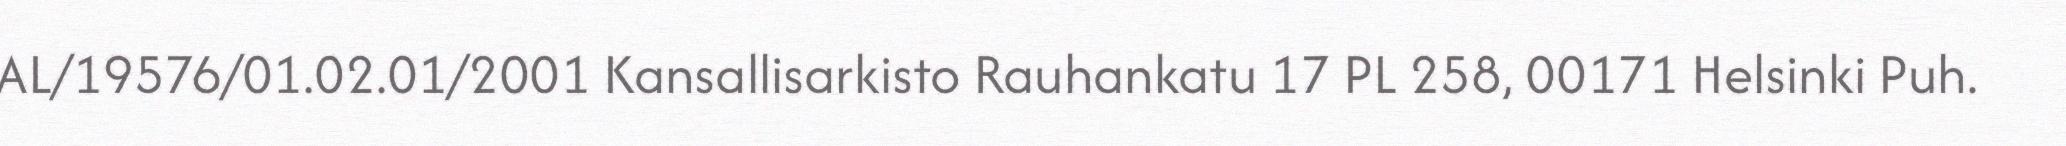
AL/19576/01.02.01/2001 Kansallisarkisto Rauhankatu 17 PL 258, 00171 Helsinki Puh.